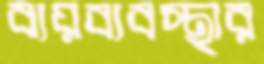
ব্যয়ব্যবস্থার